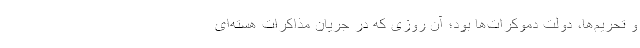
و تحریم‌ها، دولت دموکرات‌ها بود؛ آن روزی که در جریان مذاکرات هسته‌ای